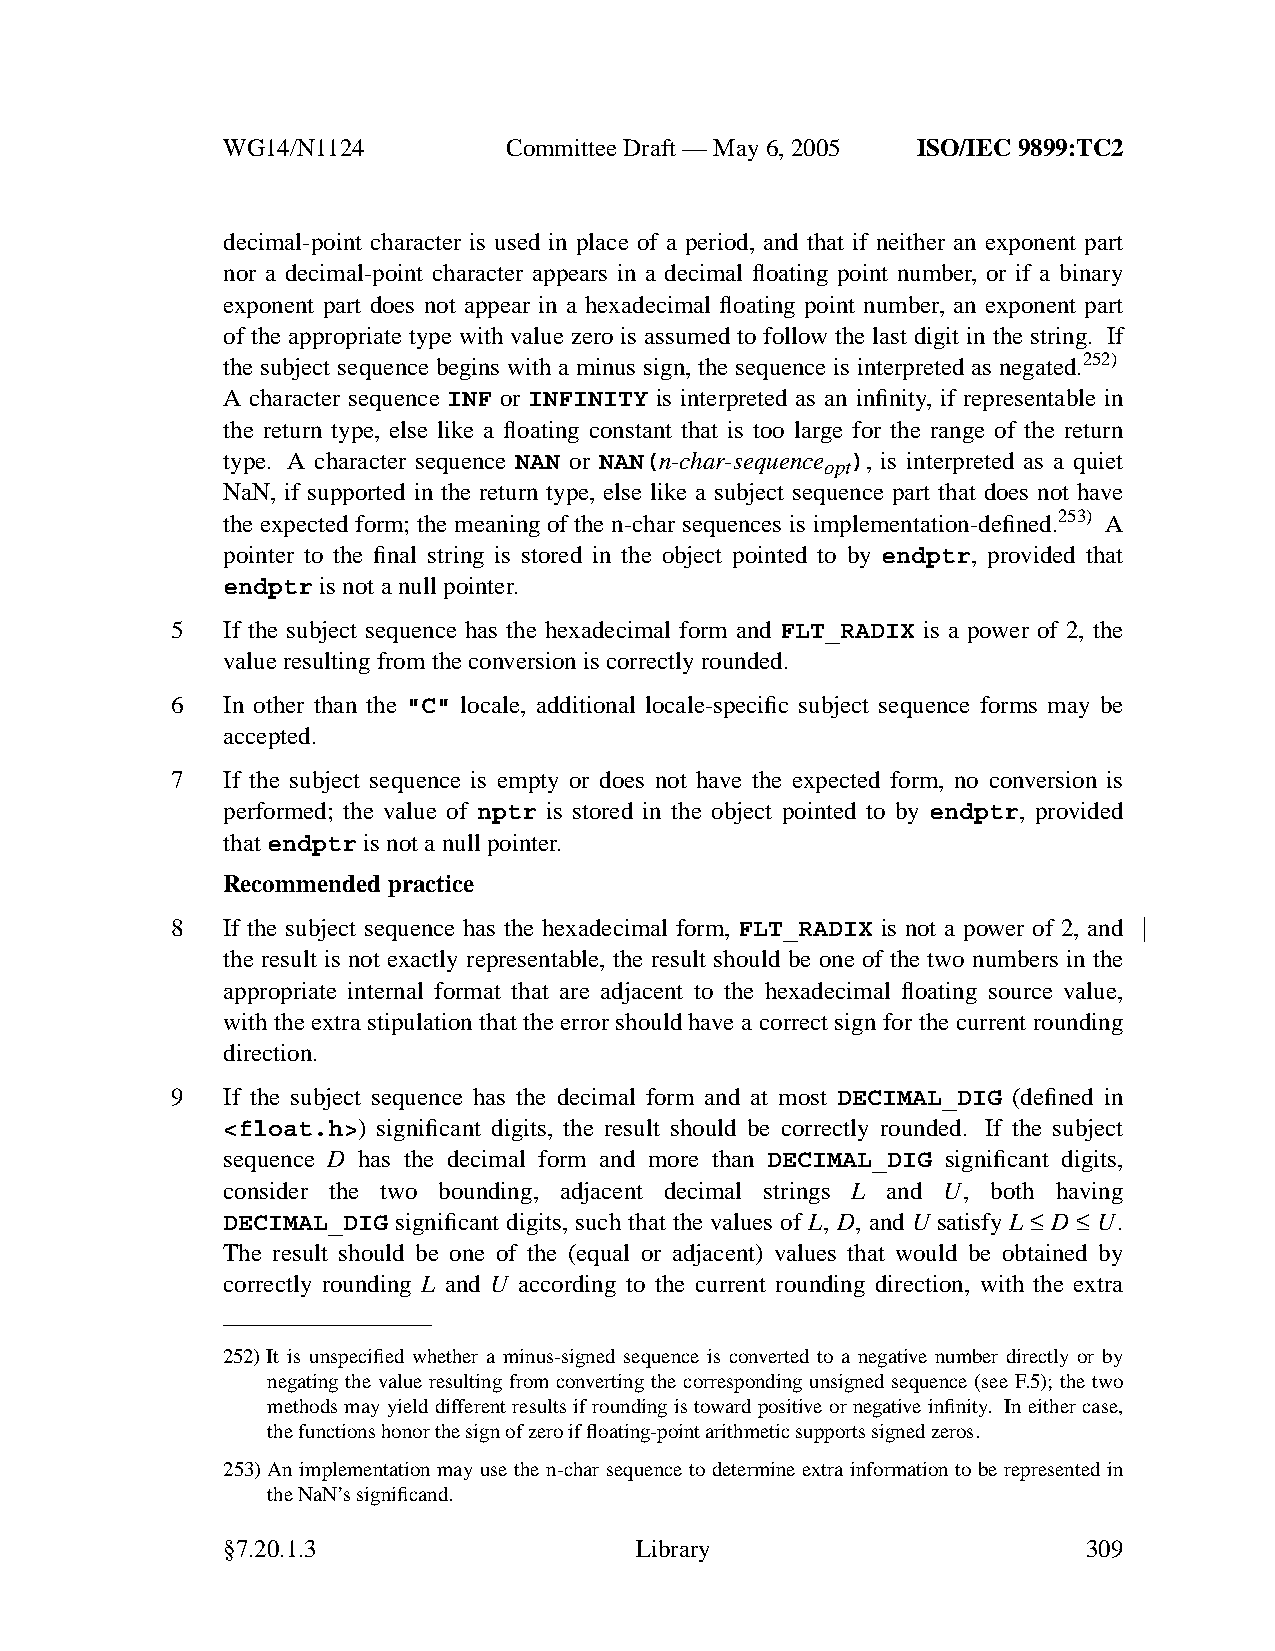
WG14/N1124        CommitteeDraft — May 6, 2005 ISO/IEC 9899:TC2
 decimal-point character is used in place of a period, and that if neither an exponent part
 nor a decimal-point character appears in a decimal floating point number, or if a binary
 exponent part does not appear in a hexadecimal floating point number, an exponent part
 of the appropriate type with value zero is assumed to follow the last digit in the string. If
 the subject sequence begins with a minus sign, the sequence is interpreted as negated.252)
 A character sequence INF or INFINITY is interpreted as an infinity, if representable in
 the return type, else like a floating constant that is too large for the range of the return
 type. A character sequence NAN or NAN(n-char-sequence ), is interpreted as a quiet
 opt
 NaN, if supported in the return type, else like a subject sequence part that does not have
 the expected form; the meaning of the n-char sequences is implementation-defined.253) A
 pointer to the final string is stored in the object pointed to by endptr, provided that
 endptr is not a null pointer.
 5   If the subject sequence has the hexadecimal form and FLT_RADIX is a power of 2, the
 value resulting from the conversion is correctly rounded.
 6   In other than the "C" locale, additional locale-specific subject sequence forms may be
 accepted.
 7   If the subject sequence is empty or does not have the expected form, no conversion is
 performed; the value of nptr is stored in the object pointed to by endptr, provided
 thatendptr is not a null pointer.
 Recommended practice
 8   If the subject sequence has the hexadecimal form, FLT_RADIX is not a power of 2, and
 the result is not exactly representable, the result should be one of the two numbers in the
 appropriate internal format that are adjacent to the hexadecimal floating source value,
 with the extra stipulation that the error should have a correct sign for the current rounding
 direction.
 9   If the subject sequence has the decimal form and at most DECIMAL_DIG (defined in
 <float.h>) significant digits, the result should be correctly rounded. If the subject
 sequence D has the decimal form and more than DECIMAL_DIG significant digits,
 consider the two bounding, adjacent decimal strings L and U, both having
 DECIMAL_DIG significant digits, such that the values of L, D, and U satisfy L ≤ D ≤ U.
 The result should be one of the (equal or adjacent) values that would be obtained by
 correctly rounding L and U according to the current rounding direction, with the extra
 252)It is unspecified whether a minus-signed sequence is converted to a negative number directly or by
 negating the value resulting from converting the corresponding unsigned sequence (see F.5); the two
 methods may yield different results if rounding is toward positive or neg ative infinity. In either case,
 the functions honor the sign of zero if floating-point arithmetic supports signed zeros.
 253)An implementation may use the n-char sequence to determine extra information to be represented in
 the NaN’ssignificand.
 §7.20.1.3                  Library                       309